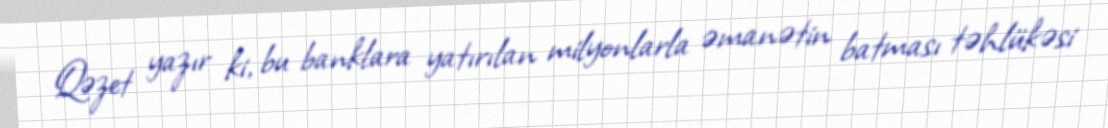
Qəzet yazır ki, bu banklara yatırılan milyonlarla əmanətin batması təhlükəsi